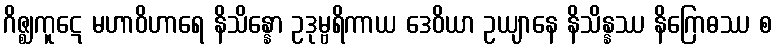
ဂိဇ္ဈကူဋေ မဟာဝိဟာရေ နိသိန္နော ဥဒုမ္ဗရိကာယ ဒေဝိယာ ဥယျာနေ နိသိန္နဿ နိဂြောဓဿ စ